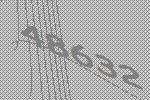
48632